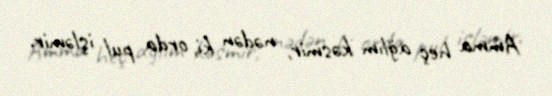
Amma heç ağlım kəsmir, nədən ki, orda pul işləmir.